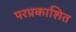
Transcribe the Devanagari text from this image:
परप्रकाशित